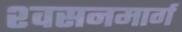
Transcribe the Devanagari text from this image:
श्‍वसनमार्ग